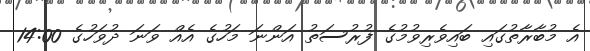
އެ މުބާރާތުގައި ބައިވެރިވުމުގެ ފުރުސަތު އަންނަ މަހުގެ އެއް ވަނަ ދުވަހުގެ 14:00